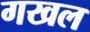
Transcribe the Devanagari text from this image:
गखल